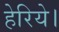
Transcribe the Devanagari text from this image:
हेरिये।